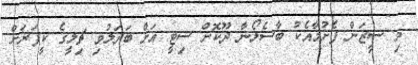
މި ސީޒަން ފެށުމާއެކު ބާސެލޯނާ ދޫކޮށް ސިޓީ އަށް ބަދަލުވި ޗިލީގެ ކީޕަރަށް